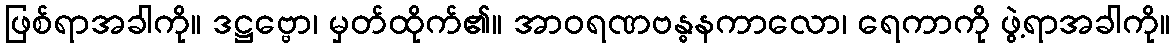
ဖြစ်ရာအခါကို။ ဒဋ္ဌဗ္ဗော၊ မှတ်ထိုက်၏။ အာဝရဏဗန္ဓနကာလော၊ ရေကာကို ဖွဲ့ရာအခါကို။